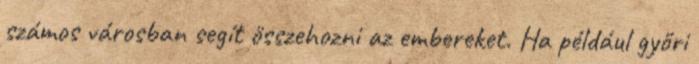
számos városban segít összehozni az embereket. Ha például győri